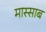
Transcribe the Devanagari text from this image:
मास्साब